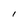
Character: I